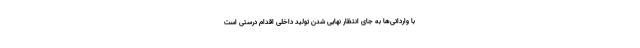
با وارداتی‌ها به جای انتظار نهایی شدن تولید داخلی اقدام درستی است